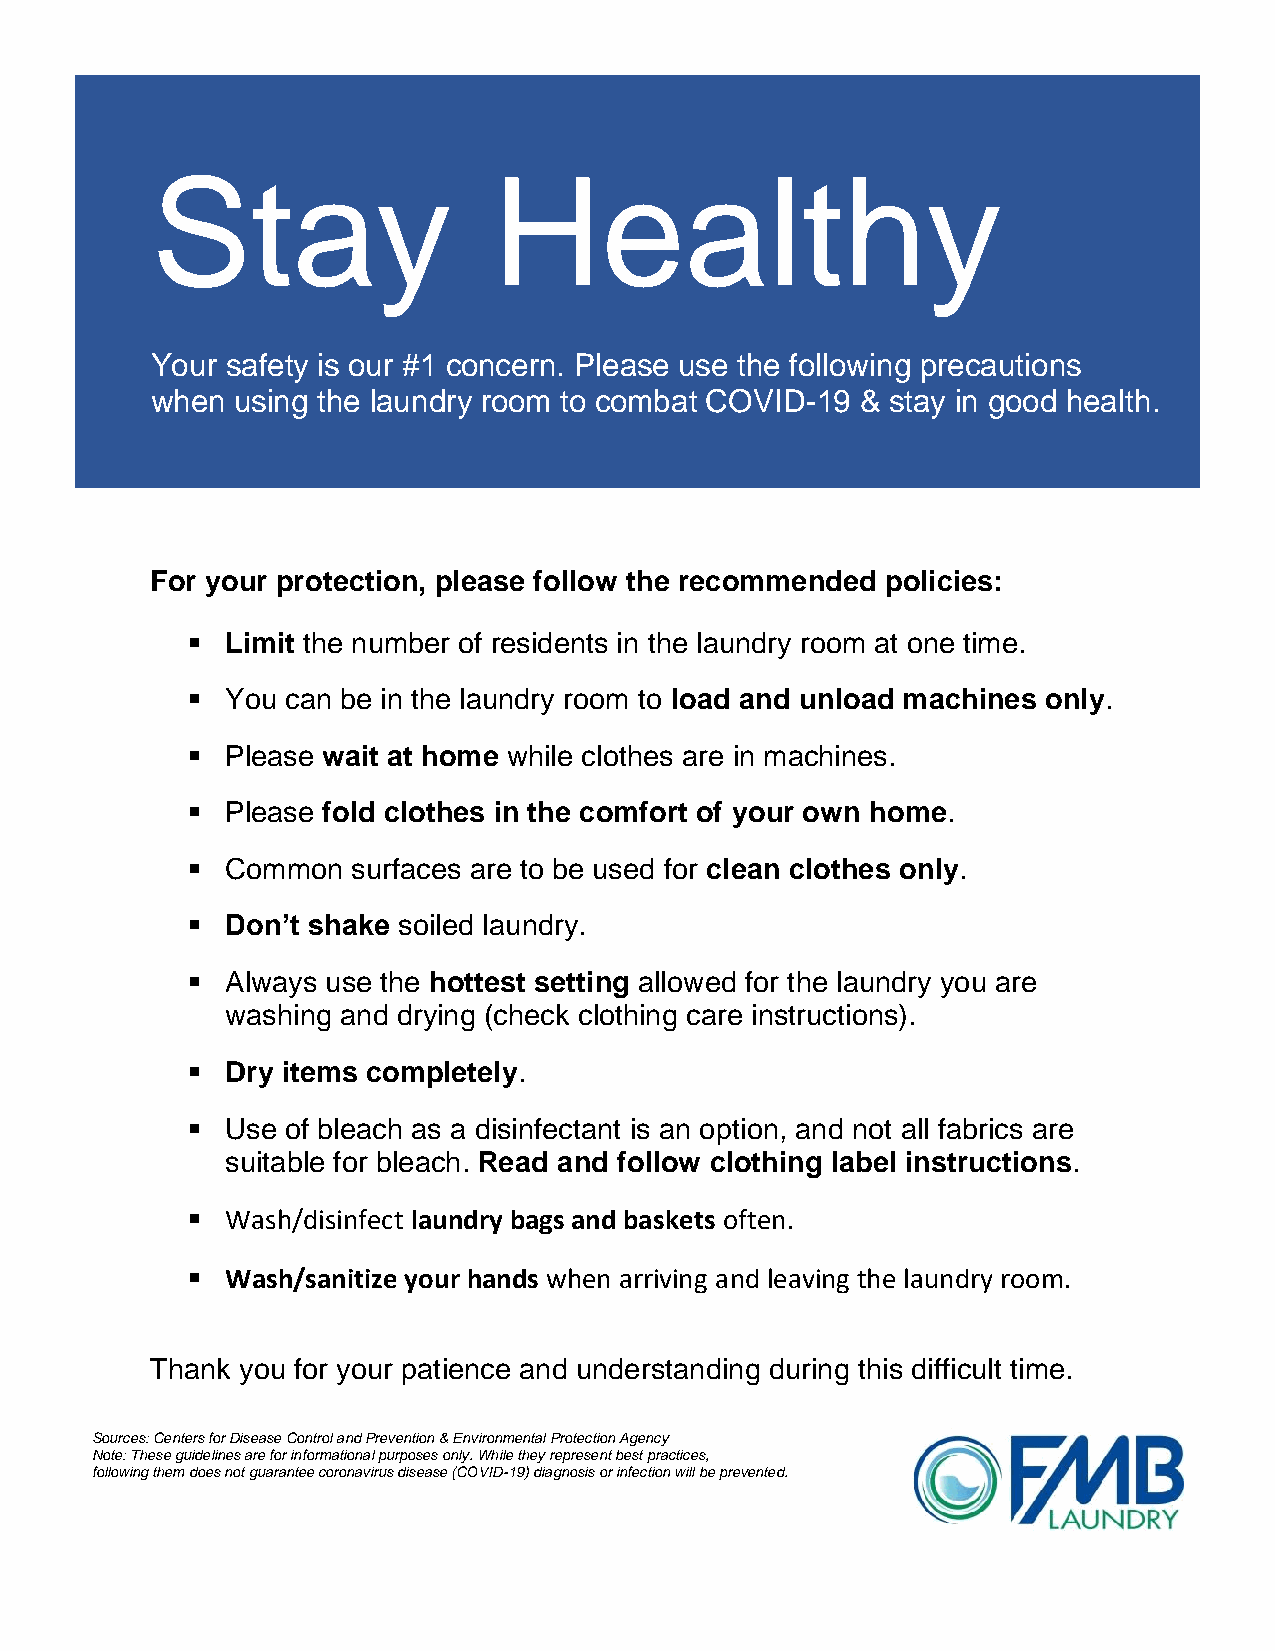
Stay                   Healthy
 Your safety is our #1 concern. Please use the following precautions
 when  using the laundry room to combat COVID-19 & stay in good health.
 For your protection, please follow the recommended policies:
 ▪  Limit the number of residents in the laundry room at one time.
 ▪  You can be in the laundry room to load and unload machines only.
 ▪  Please wait at home while clothes are in machines.
 ▪  Please fold clothes in the comfort of your own home.
 ▪  Common  surfaces are to be used for clean clothes only.
 ▪  Don’t shake soiled laundry.
 ▪  Always use the hottest setting allowed for the laundry you are
 washing and drying (check clothing care instructions).
 ▪  Dry items completely.
 ▪  Use of bleach as a disinfectant is an option, and not all fabrics are
 suitable for bleach. Read and follow clothing label instructions.
 ▪  Wash/disinfect laundry bags and baskets often.
 ▪  Wash/sanitize your hands when arriving and leaving the laundry room.
 Thank you for your patience and understanding during this difficult time.
 Sources: Centers for Disease Control and Prevention & Environmental Protection Agency
 Note: These guidelines are for informational purposes only. While they represent best practices,
 following them does not guarantee coronavirus disease (COVID-19) diagnosis or infection will be prevented.